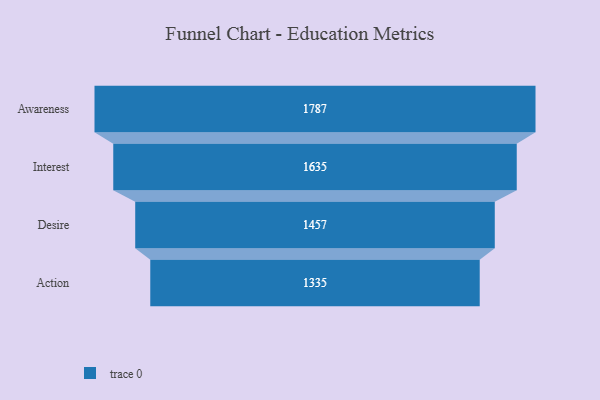
{"axis": {"x": "Stage", "y": "Value"}, "legend": [""], "data": [{"x": "Awareness", "y": 1787.0, "type": ""}, {"x": "Interest", "y": 1635.0, "type": ""}, {"x": "Desire", "y": 1457.0, "type": ""}, {"x": "Action", "y": 1335.0, "type": ""}]}